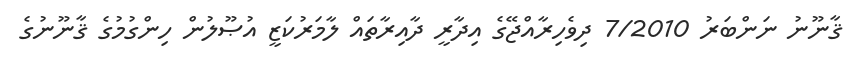
ޤާނޫނު ނަންބަރު 7/2010 ދިވެހިރާއްޖޭގެ އިދާރީ ދާއިރާތައް ލާމަރުކަޒީ އުޞޫލުން ހިންގުމުގެ ޤާނޫނުގެ